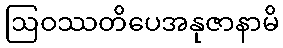
ဩဝဿတိပေအနုဇာနာမိ